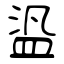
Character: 盕